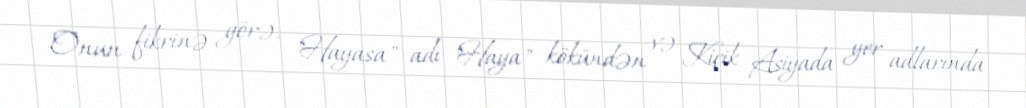
Onun fikrinə görə, "Hayasa" adı "Haya" kökündən və Kiçik Asiyada yer adlarında